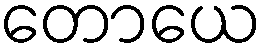
တောယေ